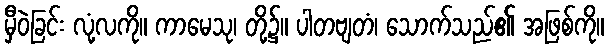
မှီဝဲခြင်း လုံ့လကို။ ကာမေသု၊ တို့၌။ ပါတဗျတံ၊ သောက်သည်၏ အဖြစ်ကို။